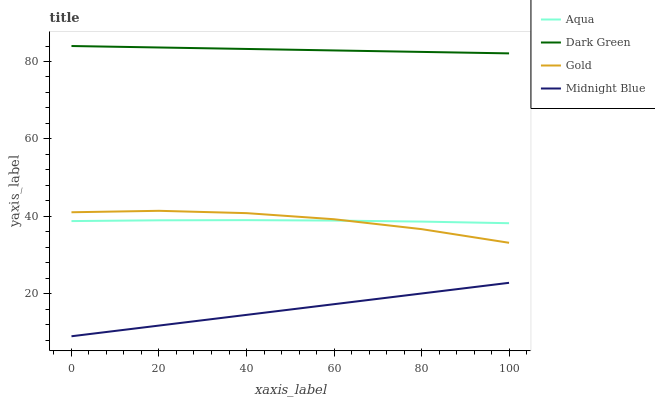
| xaxis_label | Aqua | Dark Green | Gold | Midnight Blue |
 | --- | --- | --- | --- | --- |
 | 0 | 38.8 | 84 | 41 | 9 |
 | 20 | 39 | 83.6 | 41.4 | 11.8 |
 | 40 | 39 | 83.2 | 40.8 | 14.5 |
 | 60 | 38.9 | 82.9 | 39.2 | 17.3 |
 | 80 | 38.6 | 82.5 | 36.7 | 20 |
 | 100 | 38.2 | 82.1 | 33.2 | 22.8 |